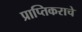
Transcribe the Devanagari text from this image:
प्राप्‍तिकराचे